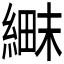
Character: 𬗱